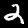
Digit: 2